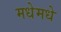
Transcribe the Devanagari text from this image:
मधेमधे